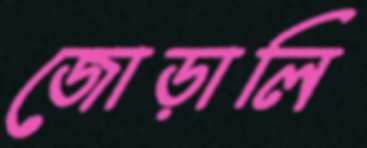
জোড়ালি